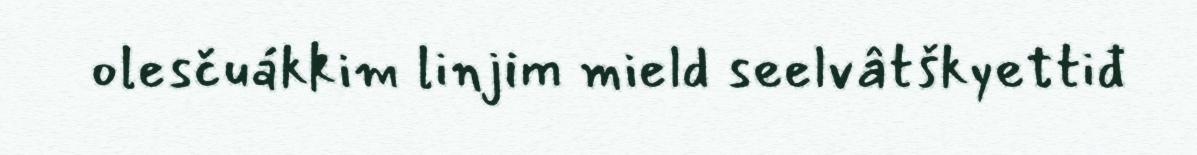
olesčuákkim linjim mield seelvâtškyettiđ